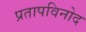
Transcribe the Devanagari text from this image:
प्रतापविनोद